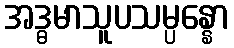
အဒ္ဓမာသူပသမ္ပန္နော